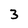
Character: 3